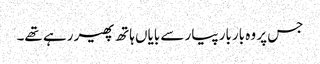
جس پر وہ باربار پیار سے بایاں ہاتھ پھیر رہے تھے۔